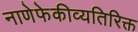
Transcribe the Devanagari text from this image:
नाणेफेकीव्यतिरिक्त